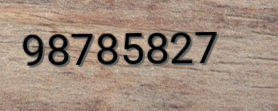
98785827